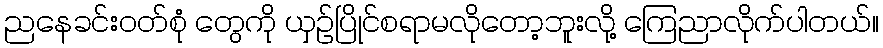
ညနေခင်းဝတ်စုံ တွေကို ယှဉ်ပြိုင်စရာမလိုတော့ဘူးလို့ ကြေညာလိုက်ပါတယ်။